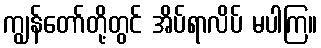
ကျွန်တော်တို့တွင် အိပ်ရာလိပ် မပါကြ။